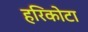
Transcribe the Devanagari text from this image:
हरिकोटा